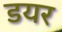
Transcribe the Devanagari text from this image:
डयर